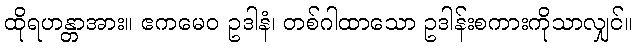
ထိုရဟန္တာအား။ ဧကမေဝ ဥဒါနံ၊ တစ်ဂါထာသော ဥဒါန်းစကားကိုသာလျှင်။